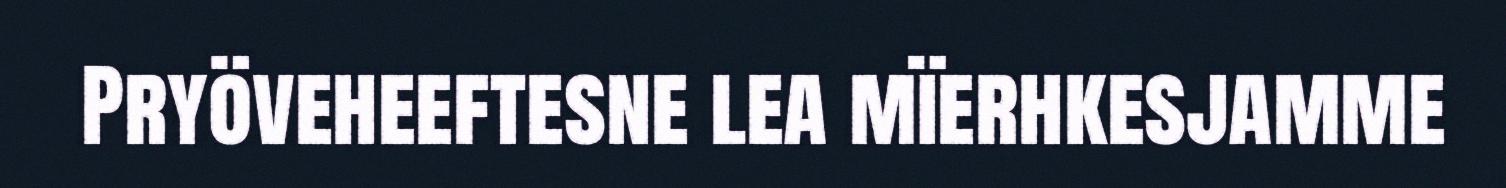
Pryöveheeftesne lea mïerhkesjamme